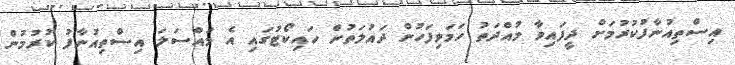
އިސްތިއުނާފުކުރުމަށް ދީފައިވާ މުއްދަތު ހަމަވިފަހުން ދައުލަތުން ހައިކޯޓުގައި އެ މައްސަލަ އިސްތިއުނާފު ކުރުމުން